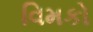
વિમકો